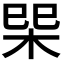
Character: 𭩿